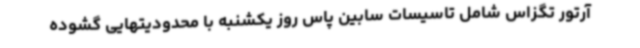
آرتور تگزاس شامل تاسیسات سابین پاس روز یکشنبه با محدودیتهایی گشوده